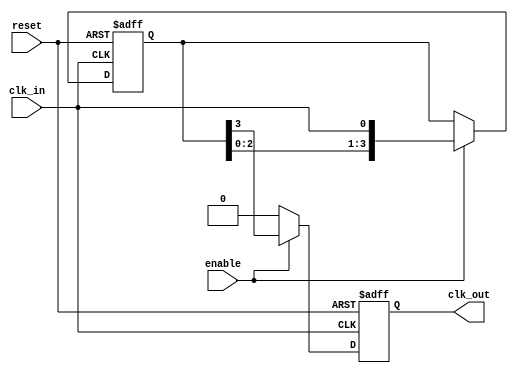
module delay_clock_buffer #(
    parameter DELAY_CYCLES = 4 // Number of clock cycles to delay
)(
    input wire clk_in,          // Input clock signal
    input wire enable,          // Enable signal (optional)
    input wire reset,           // Asynchronous reset signal (optional)
    output reg clk_out          // Delayed output clock signal
);

// Internal signal to hold the delayed clock
reg [DELAY_CYCLES-1:0] delay_reg;

// Asynchronous reset logic
always @(posedge clk_in or posedge reset) begin
    if (reset) begin
        delay_reg <= 0;         // Reset the delay register
        clk_out <= 0;           // Reset the output clock
    end else if (enable) begin
        // Shift the clock signal through the delay stages
        delay_reg <= {delay_reg[DELAY_CYCLES-2:0], clk_in}; // Shift in the new clock
        clk_out <= delay_reg[DELAY_CYCLES-1]; // Output the last stage
    end else begin
        clk_out <= 0; // If not enabled, hold output low (or you can choose another state)
    end
end

endmodule